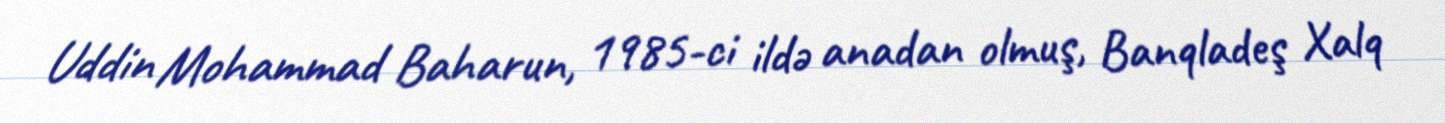
Uddin Mohammad Baharun, 1985-ci ildə anadan olmuş, Banqladeş Xalq